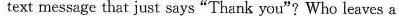
text message that just says "Thank you"? Who leaves a